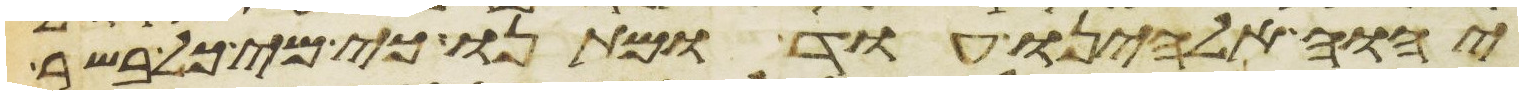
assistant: יהוה אלהינו עוד ומתנו כי מי כל בשר